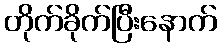
တိုက်ခိုက်ပြီးနောက်